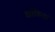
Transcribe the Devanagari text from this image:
झाँकियां